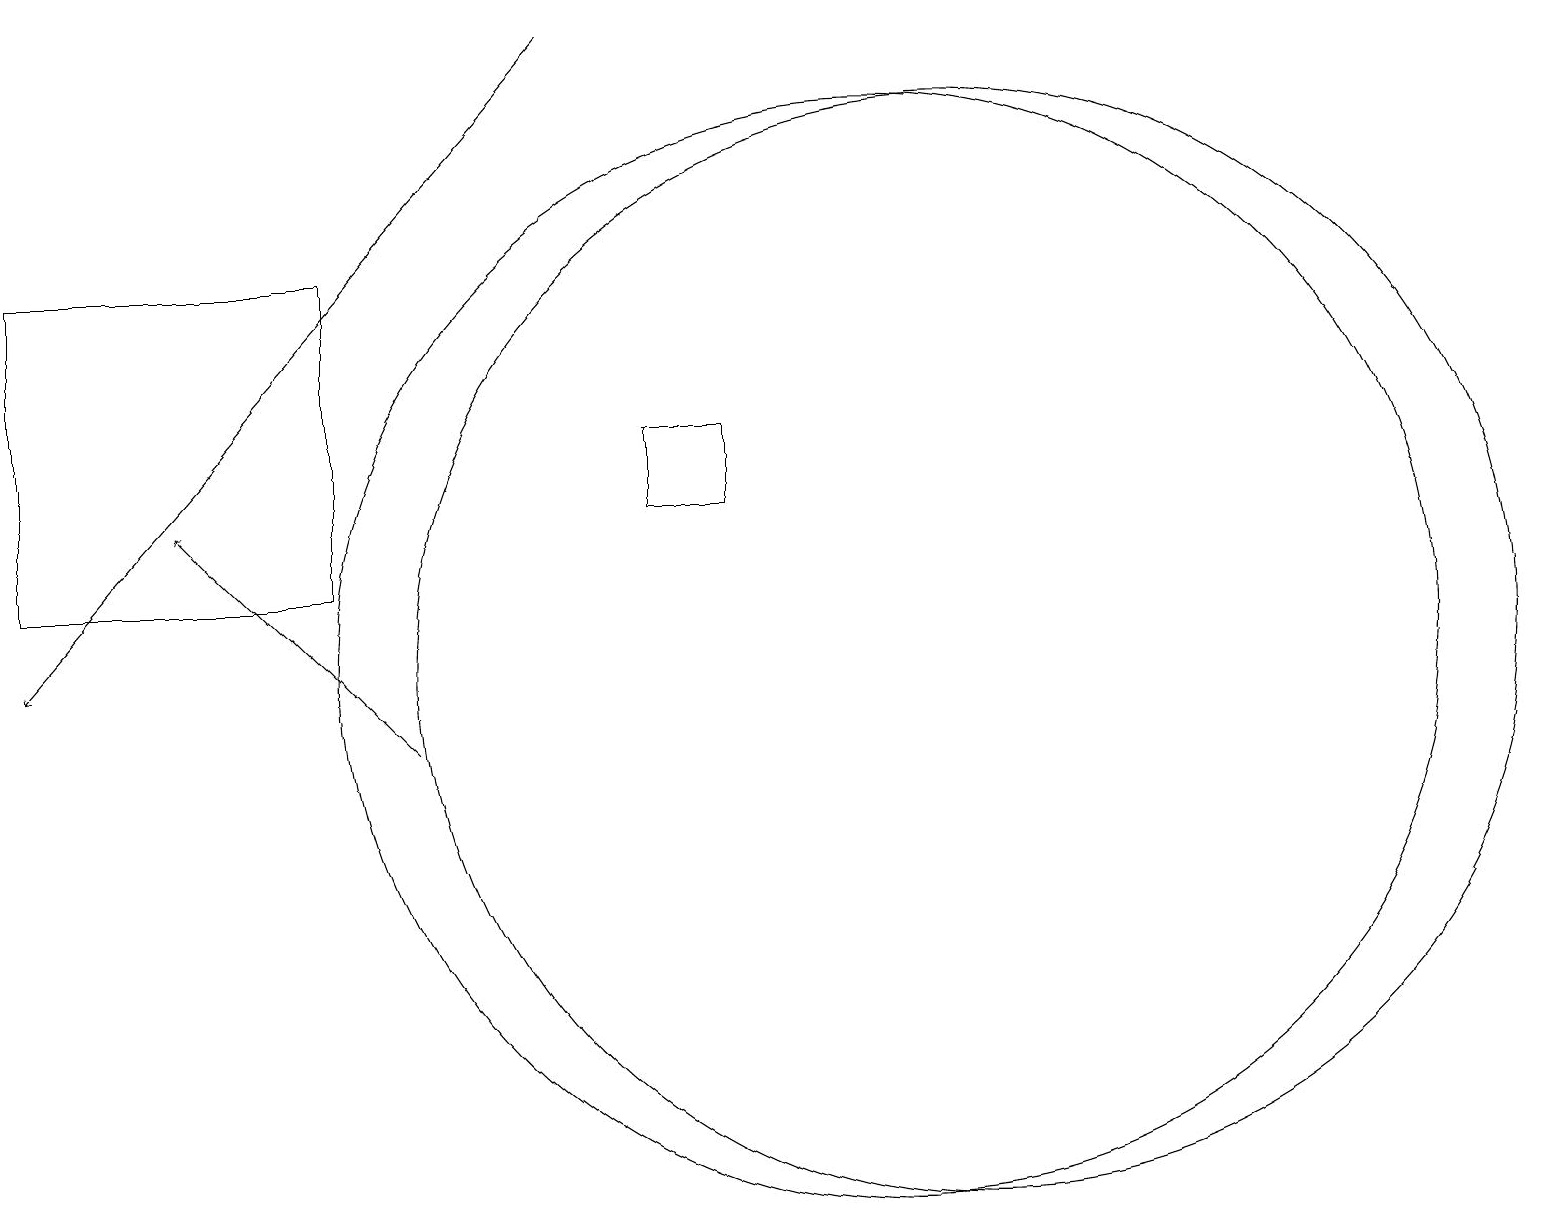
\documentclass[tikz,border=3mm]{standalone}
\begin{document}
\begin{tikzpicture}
\draw[->] (7,19) -- (0,11);
\draw (12,11) circle (7);
\draw[->] (5,10) -- (2,13);
\draw (4,12) rectangle (0,16);
\draw (9,14) rectangle (8,13);
\draw (11,11) circle (7);
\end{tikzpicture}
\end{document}